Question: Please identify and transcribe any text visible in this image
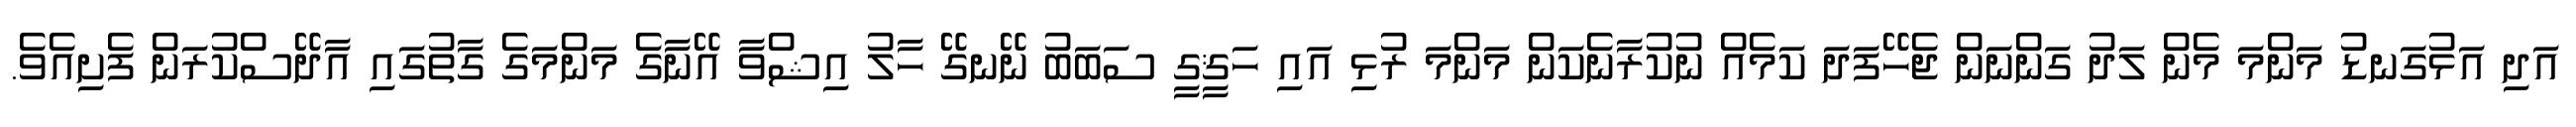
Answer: އަދި އަޅުގަނޑު މަންމަ މެން ލަދު ގަންނަން ޖެހޭފަދަ ކަމެއް ނުކުރާނެކަން މަންމަ ރުޅި އައި ހަޤީގީ ސަބަބު ނޭނގޭ ހާލު އިޝްވާ އޭނާގެ މަންމަގެ ގާތުގައި އާދޭސްކުރަން ފެށިއެވެ.